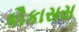
કૌકાસસ